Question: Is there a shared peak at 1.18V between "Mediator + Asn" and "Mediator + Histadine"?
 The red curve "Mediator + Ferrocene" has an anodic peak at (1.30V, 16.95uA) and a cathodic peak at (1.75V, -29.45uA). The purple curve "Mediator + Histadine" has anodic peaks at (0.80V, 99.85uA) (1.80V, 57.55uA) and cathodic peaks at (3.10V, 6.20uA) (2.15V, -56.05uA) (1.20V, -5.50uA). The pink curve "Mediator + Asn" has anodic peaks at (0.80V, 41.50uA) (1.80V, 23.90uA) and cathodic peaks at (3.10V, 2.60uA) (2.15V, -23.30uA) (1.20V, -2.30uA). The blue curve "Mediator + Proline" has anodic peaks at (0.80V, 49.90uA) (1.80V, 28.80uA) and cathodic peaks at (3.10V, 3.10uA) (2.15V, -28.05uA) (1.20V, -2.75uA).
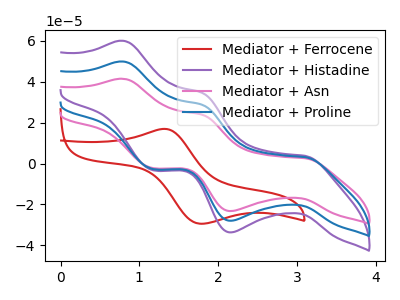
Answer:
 <answer>Yes, "Mediator + Asn" and "Mediator + Histadine" share a peak at 1.18V.</answer>
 <eval>match</eval>